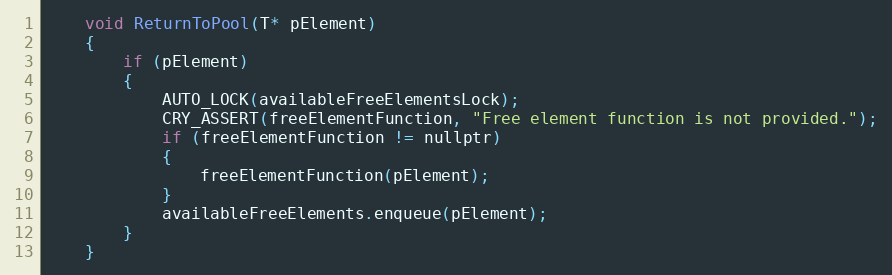
Language: C
	void ReturnToPool(T* pElement)
	{
		if (pElement)
		{
			AUTO_LOCK(availableFreeElementsLock);
			CRY_ASSERT(freeElementFunction, "Free element function is not provided.");
			if (freeElementFunction != nullptr)
			{
				freeElementFunction(pElement);
			}
			availableFreeElements.enqueue(pElement);
		}
	}